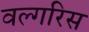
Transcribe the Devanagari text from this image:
वल्गरिस